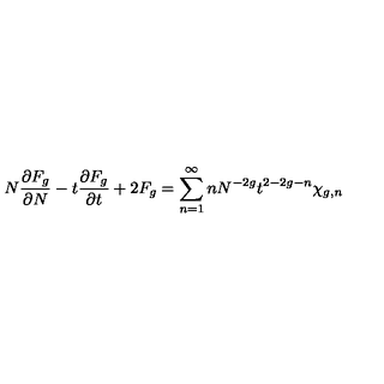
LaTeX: N { \frac { \partial F _ { g } } { \partial N } } - t { \frac { \partial F _ { g } } { \partial t } } + 2 F _ { g } = \sum _ { n = 1 } ^ { \infty } n N ^ { - 2 g } t ^ { 2 - 2 g - n } \chi _ { g , n }